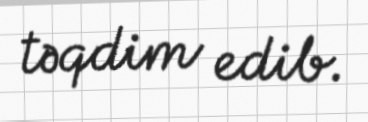
təqdim edib.